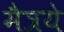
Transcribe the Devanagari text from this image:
मैत्रये